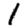
Digit: 1